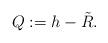
LaTeX: \begin{align*}Q:=h-\tilde{R}. \end{align*}